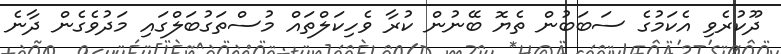
ދޫކުރެވި އެކަމުގެ ސަބަބުން ތެޔޮ ބޭނުން ކުރާ ވެހިކަލްތައް މުސްތަގުބަލްގައި މަދުވެގެން ދާނެ